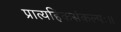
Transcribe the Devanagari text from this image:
प्रात्यहिकसंकल्पः॥